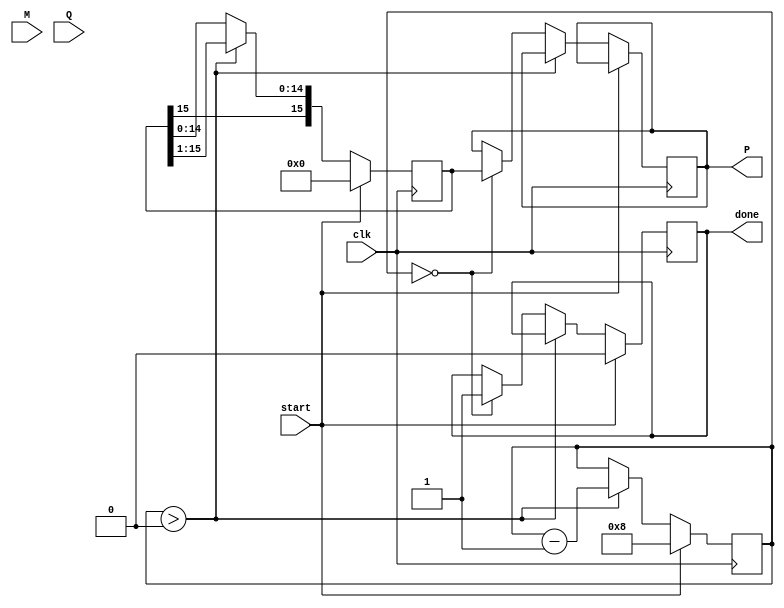
module booth_multiplier (
    input [7:0] M,        // Multiplicand
    input [7:0] Q,        // Multiplier
    input clk,            // Clock signal
    input start,          // Start signal
    output reg [15:0] P,  // Product
    output reg done       // Done signal
);
    reg [7:0] Q_reg;      // Register for multiplier
    reg [7:0] M_reg;      // Register for multiplicand
    reg [15:0] P_reg;     // Accumulated product
    reg Q_minus1;         // Previous LSB of Q
    reg [3:0] count;      // Counter for iterations

    // State machine for Booth's algorithm
    always @(posedge clk) begin
        if (start) begin
            // Initialize registers and control signals
            M_reg <= M;
            Q_reg <= Q;
            P_reg <= 16'b0;
            Q_minus1 <= 1'b0;
            count <= 4'b1000; // Number of bits in Q (8 bits)
            done <= 1'b0;
        end else if (count > 0) begin
            case ({Q_reg[0], Q_minus1})
                2'b01: P_reg <= P_reg + {8'b0, M_reg}; // Add M
                2'b10: P_reg <= P_reg - {8'b0, M_reg}; // Subtract M
                default: P_reg <= P_reg; // Do nothing
            endcase
            
            // Shift right (Arithmetic shift)
            {P_reg, Q_reg} <= {P_reg[15], P_reg[15:1], Q_reg[7:1], Q_reg[0]}; // Shift P and Q
            Q_minus1 <= Q_reg[0]; // Update Q(-1)
            count <= count - 1; // Decrement counter
        end else if (count == 0) begin
            P <= P_reg; // Output final product
            done <= 1'b1; // Indicate done
        end
    end
endmodule